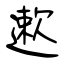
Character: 遬